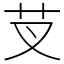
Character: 芆